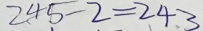
2 4 5 - 2 = 2 4 3